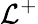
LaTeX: \mathcal{L}^{+}